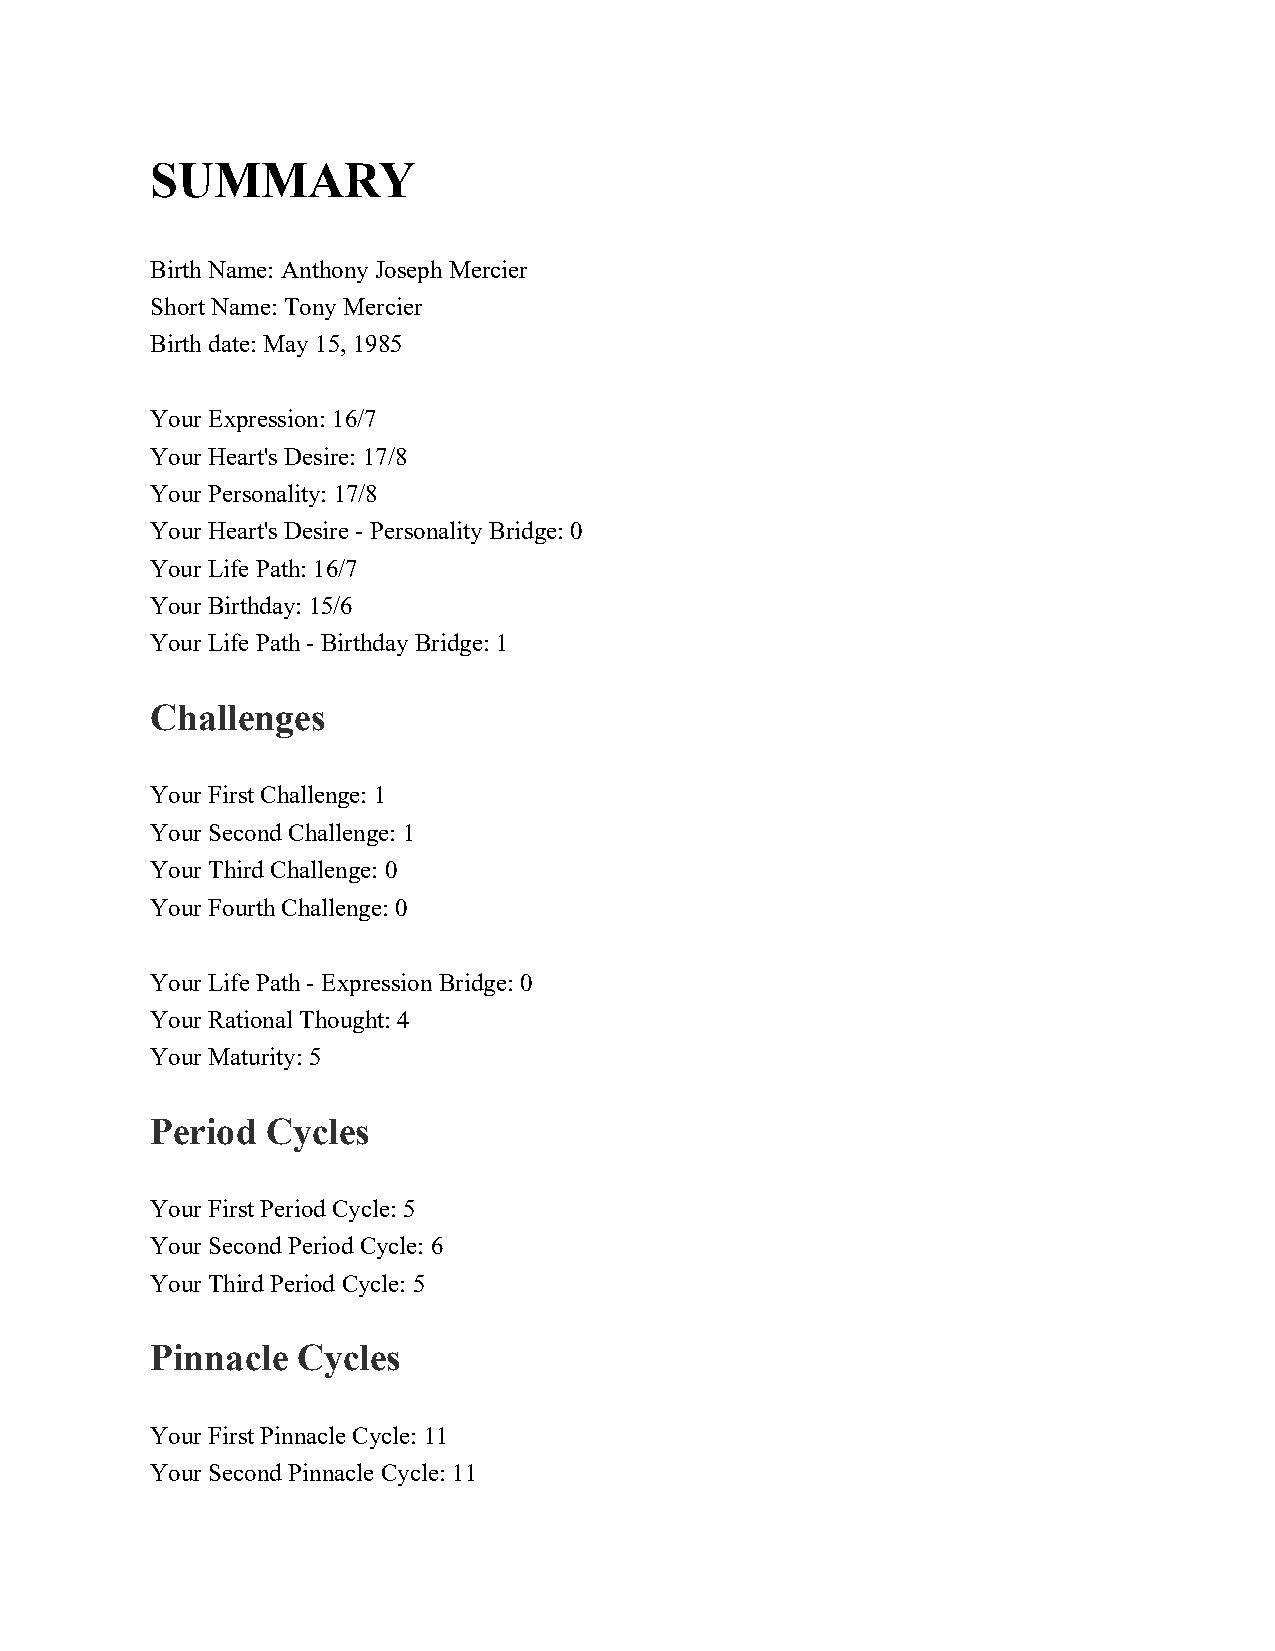
SUMMARY
 Birth Name: Anthony Joseph Mercier
 Short Name: Tony Mercier
 Birth date: May 15, 1985
 Your Expression: 16/7
 Your Heart's Desire: 17/8
 Your Personality: 17/8
 Your Heart's Desire - Personality Bridge: 0
 Your Life Path: 16/7
 Your Birthday: 15/6
 Your Life Path - Birthday Bridge: 1
 Challenges
 Your First Challenge: 1
 Your Second Challenge: 1
 Your Third Challenge: 0
 Your Fourth Challenge: 0
 Your Life Path - Expression Bridge: 0
 Your Rational Thought: 4
 Your Maturity: 5
 Period  Cycles
 Your First Period Cycle: 5
 Your Second Period Cycle: 6
 Your Third Period Cycle: 5
 Pinnacle  Cycles
 Your First Pinnacle Cycle: 11
 Your Second Pinnacle Cycle: 11